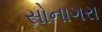
સોનાગરા